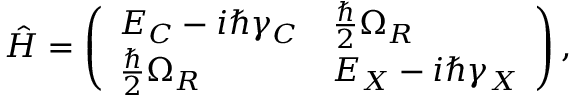
\hat { H } = \left( \begin{array} { l l } { E _ { C } - i \hbar \gamma _ { C } } & { \frac { \hbar } { 2 } \Omega _ { R } } \\ { \frac { \hbar } { 2 } \Omega _ { R } } & { E _ { X } - i \hbar \gamma _ { X } } \end{array} \right) ,